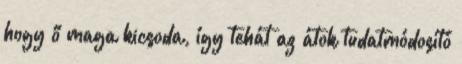
hogy ő maga kicsoda, így tehát az átok tudatmódosító